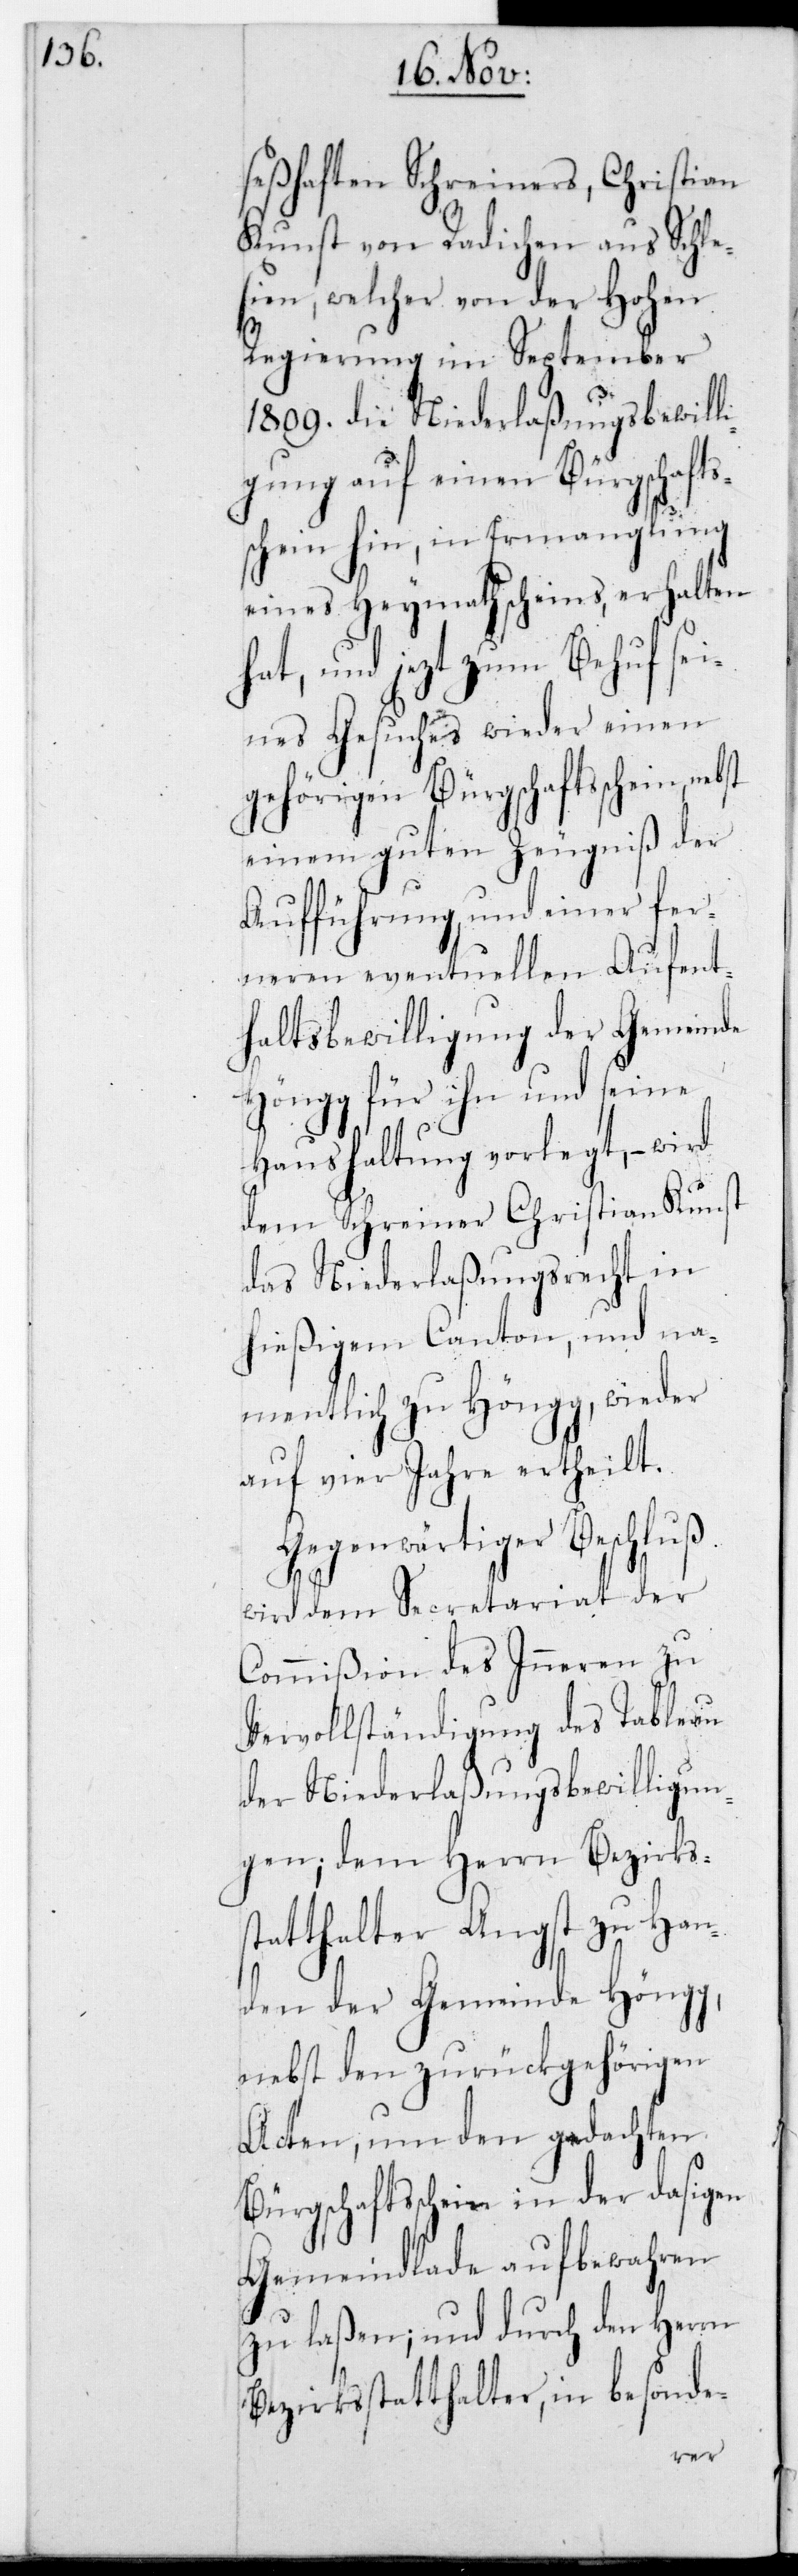
seßhaften Schreiners, Christian
Kunst von Radichen aus Schle¬
sien, welcher von der Hohen
Regierung im September
1809. die Niederlaßungsbewilli¬
gung auf einen Bürgschafts¬
schein hin, in Ermanglung
eines Heymathscheins, erhalten
hat, und jetzt zum Behuf sei¬
nes Gesuchs wieder einen
gehörigen Bürgschaftsschein
einem guten Zeugniß der
Aufführung, und einer fer¬
neren eventuellen Aufent¬
haltsbewilligung der Gemeinde
Höngg für ihn und seine
Haushaltung vorlegt, wird
dem Schreiner Christian Kunst
das Niederlaßungsrecht in
hießigem Canton, und na¬
mentlich zu Höngg wieder
auf vier Jahre ertheilt.
Gegenwärtiger Beschluß
wird dem Secretariat der
Commißion des Inneren zu
Vervollständigung des Tableau
der Niederlaßungsbewilligun¬
gen, dem Herrn Bezirks¬
statthalter Angst zu Han¬
den der Gemeinde Höngg,
nebst den zugehörigen
Acten, um den gedachten
Bürgschaftsschein in der dasigen
Gemeindlade aufbewahren
zu laßen; und durch den Herrn
Bezirksstatthalter, in besonde-